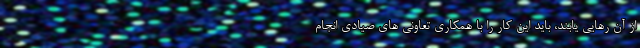
از آن رهایی یابند، باید این کار را با همکاری تعاونی های صیادی انجام